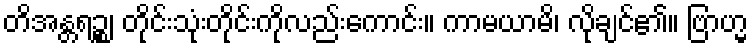
တိအန္တရဉ္စ၊ တိုင်းသုံးတိုင်းကိုလည်းကောင်း။ ကာမယာမိ၊ လိုချင်၏။ ဗြာဟ္မ